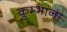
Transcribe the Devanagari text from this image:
कुम्भाना